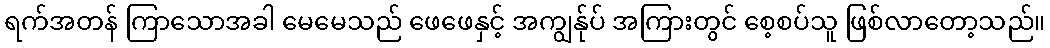
ရက်အတန် ကြာသောအခါ မေမေသည် ဖေဖေနှင့် အကျွန်ုပ် အကြားတွင် စေ့စပ်သူ ဖြစ်လာတော့သည်။